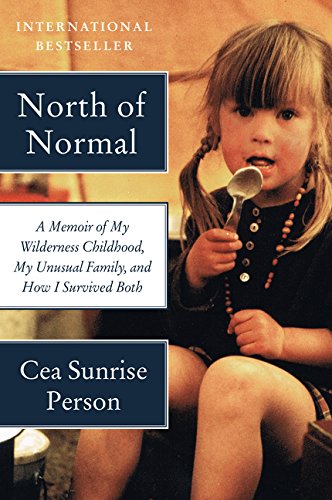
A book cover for North of Normal: A Memoir of My Wilderness Childhood, My Unusual Family, and How I Survived Both; Cea Sunrise Person; Parenting & Relationships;